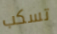
تسكب